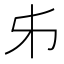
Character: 𠂔